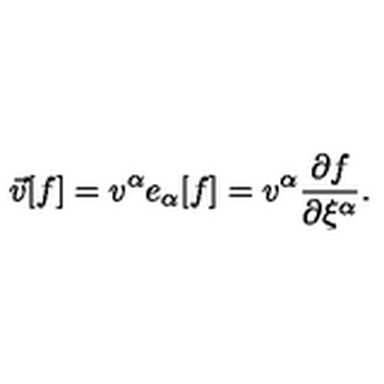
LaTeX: \vec { v } [ f ] = v ^ { \alpha } e _ { \alpha } [ f ] = v ^ { \alpha } \frac { \partial f } { \partial \xi ^ { \alpha } } .